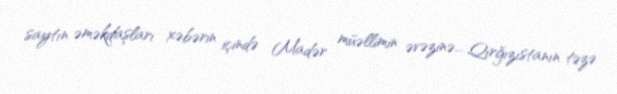
saytın əməkdaşları xəbərin içində Madər müəllimin əvəzinə... Qırğızıstanın təzə